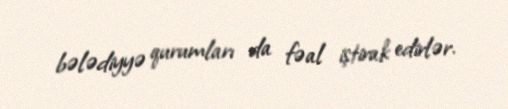
bələdiyyə qurumları da fəal iştirak edirlər.